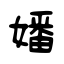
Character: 嬏